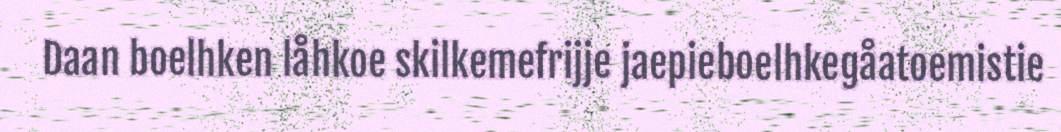
Daan boelhken låhkoe skilkemefrijje jaepieboelhkegåatoemistie